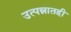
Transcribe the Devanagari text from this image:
उत्पन्नातही